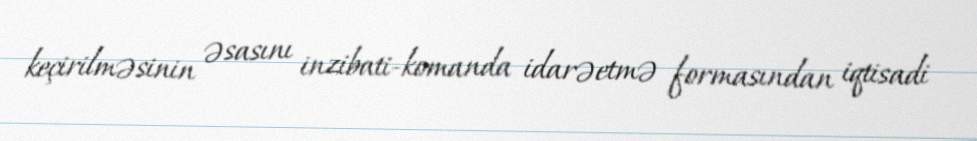
keçirilməsinin əsasını inzibati-komanda idarəetmə formasından iqtisadi